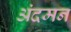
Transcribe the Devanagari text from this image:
अंदमन